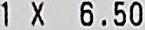
1 X 6.50